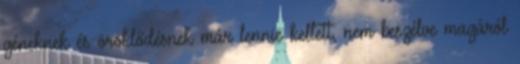
géneknek és öröklődésnek már lennie kellett, nem beszélve magáról